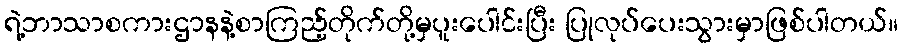
ရဲ့ဘာသာစကားဌာနနဲ့စာကြည့်တိုက်တို့မှပူးပေါင်းပြီး ပြုလုပ်ပေးသွားမှာဖြစ်ပါတယ်။